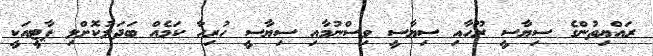
ރައްޔިތުންގެ ސިޔާސީ ރޫހާއި ސިޔާސީ ވިސްނުމާއި ސިޔާސީ ހުރިހާ ކަމެއް ބަދަލުކޮށްލި ޕާޓީއަކީ